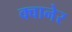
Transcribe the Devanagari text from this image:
क्वानेर